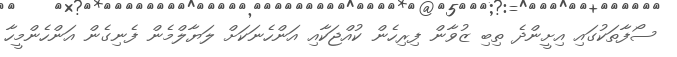
ސޯފާތަކުގައި އިށީންދެ ތިބި ޒުވާން ފިރިހެން ކުއްޖަކާއި އަންހެނަކަށް ލަޔާލްމެން ފެނިގެން އަންހެންމީހާ